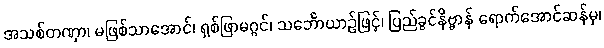
အသစ်တဏှာ၊ မဖြစ်သာအောင်၊ ရှစ်ဖြာမဂ္ဂင်၊ သင်္ဘောယာဉ်ဖြင့်၊ ပြည်ခွင်နိဗ္ဗာန် ရောက်အောင်ဆန်မှ၊